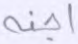
أجنة